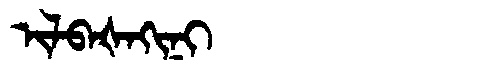
Manchu: ᡳᠯᠪᠠᡧᠠᡴᡳᠨᡳ
Romanization: ILBAŠAKINI